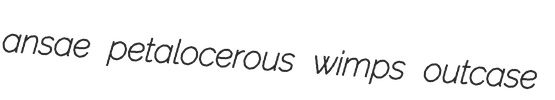
ansae petalocerous wimps outcase